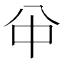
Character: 𠔈